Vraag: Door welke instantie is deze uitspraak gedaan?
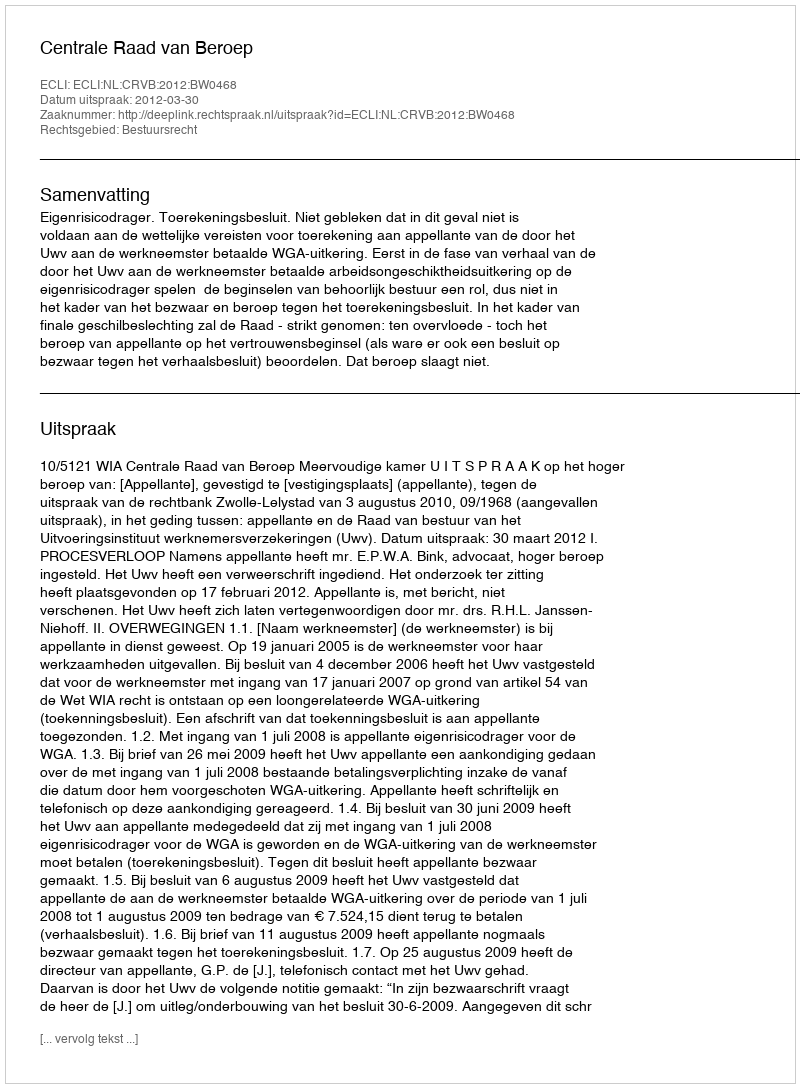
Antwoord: Centrale Raad van Beroep